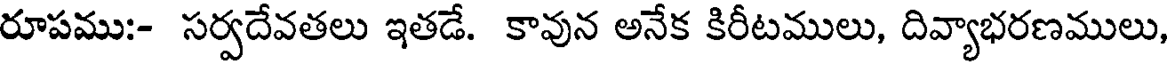
రూపము:- సర్వదేవతలు ఇతడే. కావున అనేక కిరీటములు, దివ్యాభరణములు,